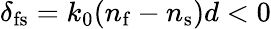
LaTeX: \delta_{\mathrm{fs}}=k_{0}(n_{\mathrm{f}}-n_{\mathrm{s}})d<0